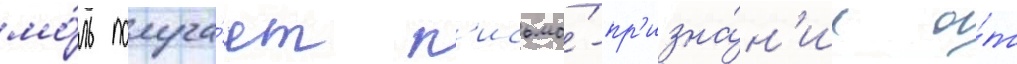
мо́ль получа́ет п'исьмо́-пр'изна́н'ие о́т